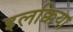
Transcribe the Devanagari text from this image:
इलक्किया